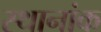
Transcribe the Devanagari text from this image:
स्थानांक